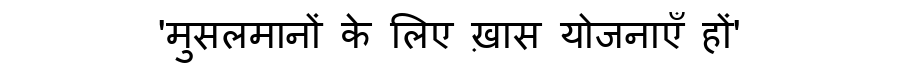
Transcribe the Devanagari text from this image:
'मुसलमानों के लिए ख़ास योजनाएँ हों'